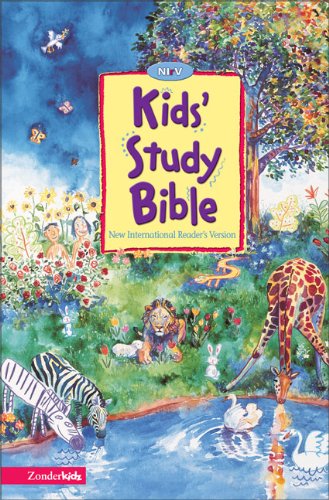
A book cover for NIrV Kids Study Bible, Revised; Education & Teaching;